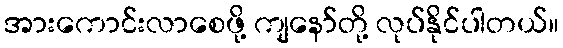
အားကောင်းလာစေဖို့ ကျနော်တို့ လုပ်နိုင်ပါတယ်။